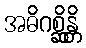
အဓိဂစ္ဆိန္တိ